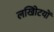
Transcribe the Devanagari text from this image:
लखोिटयों